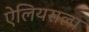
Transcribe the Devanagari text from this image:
ऐलियसला